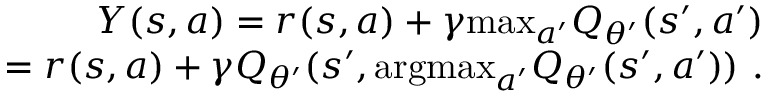
\begin{array} { r } { Y ( s , a ) = r ( s , a ) + \gamma \mathrm { m a x } _ { a ^ { \prime } } Q _ { \theta ^ { \prime } } ( s ^ { \prime } , a ^ { \prime } ) } \\ { = r ( s , a ) + \gamma Q _ { \theta ^ { \prime } } ( s ^ { \prime } , \mathrm { a r g m a x } _ { a ^ { \prime } } Q _ { \theta ^ { \prime } } ( s ^ { \prime } , a ^ { \prime } ) ) ~ . } \end{array}